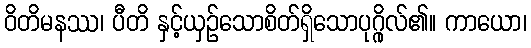
ဝိတိမနဿ၊ ပီတိ နှင့်ယှဉ်သောစိတ်ရှိသောပုဂ္ဂိုလ်၏။ ကာယော၊